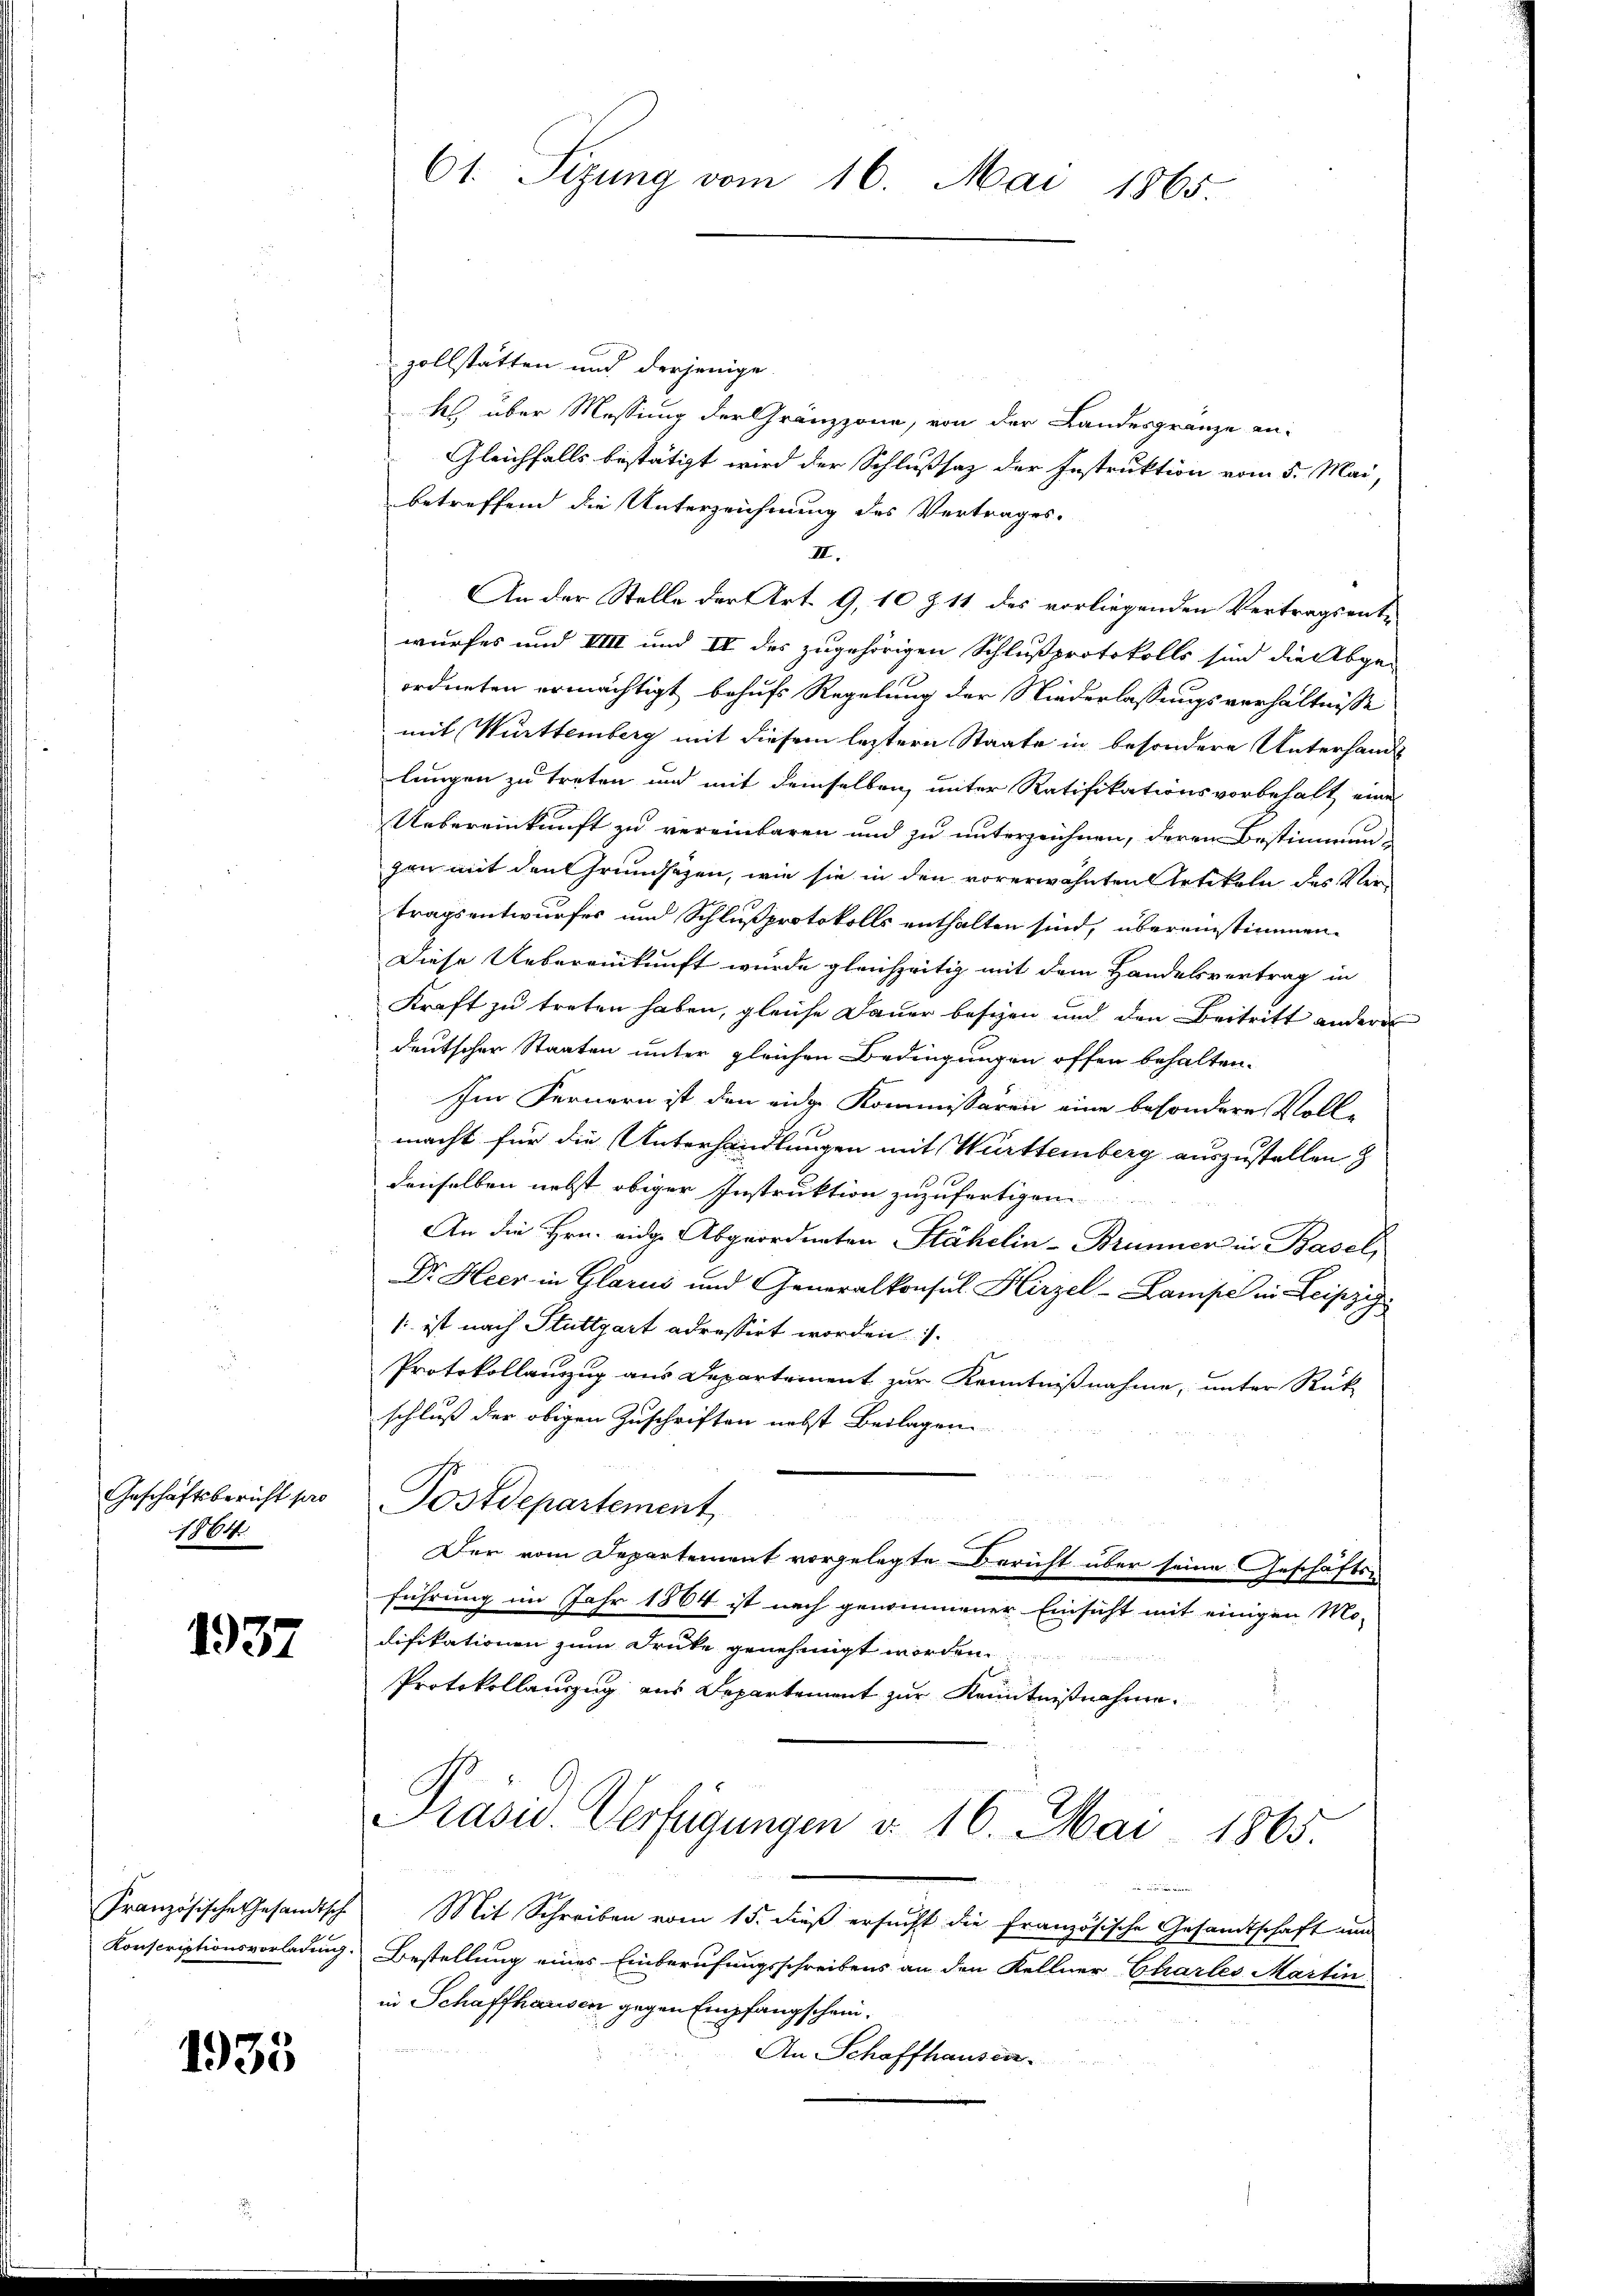
Geschäftsbericht pro
1864

1937

1935

zollstatten und derjenige
ks über Messung der Gränzzona, von der Landesgränze an-
Gleichfalls bestätigt wird der Schlußsaz der Instruktion vom 5. Mai,
betreffend die Unterzeichnung des Vertrages.
2.
An der Stelle der Art. 9, 10 Z 11 des vorliegenden Vertragsent-
wurfes und VIII und IV des zugehörigen Schlußprotokolls sind die Abge-
ordneten ermächtigt behufs Regelung der Niederlassungsverhältnisse
mit Württemberg mit diesem letztern Staate in besondere Unterhandlungen zu treten und mit demselben unter Ratifikationsvorbehalt eine
Uebereinkunft zu vereinbaren und zu unterzeichnen, deren Bestimmungen mit den Grundsazen, wie sie in den vorerwähnten Artikeln des Vertragsentwurfes und Schlußprotokolls enthalten sind, übereinstimmen¬
Diese Uebereinkunft wurde gleichzeitig mit dem Handelsvertrag in
Kraft zu treten haben, gleiche Dauer besizen und den Beitritt andere
deutscher Staaten unter gleichen Bedingungen offen behalten.
Im Fernern ist den eidg. Kommissären eine besondere Voll-
macht für die Unterhandlungen mit Württemberg auszustellen z
denselben nebst obiger Instruktion zuzufertigen.
An die Hrn. eidge Abgeordneten Stähelin-Brunner in Basel,
Dr. Heer in Glarus und Generalkonsul Hirzel-Lampe in Leipzig
/ ist nach Stuttgart adressirt worden.
Protokollanzug aus Departement zur Kenntnißnahme, unter Rück-
schluß der obigen Zuschriften nebst Beilagen.
Postdepartement
s
Der vom Departement vorgelegte Bericht über seine Geschäftsführung im Jahr 1864 ist nach genommener Einsicht mit einigen Mo-
difikationen zum Druke genehmigt worden.
Protokollauszug aus Departement zur Kenntnißnahme.
Präsid. Verfügungen v. 16. Mai 1865.
u
r
Französische Gesandtsch Mit Schreiben vom 15. dieß ersucht die französische Gesandtschaft nun
Konscriptionsvorladung. Bestellung eines Einberufungsschreibens an den Kellner Chartes Martin
in Schaffhausen gegen Empfangschein.
An Schaffhausen.

61. Sizung vom 16. Mai 1865.